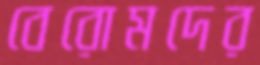
বেরোমদের